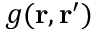
g ( \ensuremath { \mathbf { r } } , \ensuremath { \mathbf { r } } ^ { \prime } )